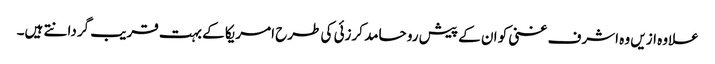
علاوہ ازیں وہ اشرف غنی کو ان کے پیش رو حامد کرزئی کی طرح امریکا کے بہت قریب گردانتے ہیں۔